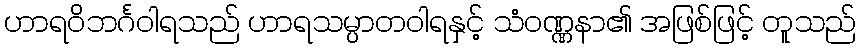
ဟာရဝိဘင်္ဂဝါရသည် ဟာရသမ္ပာတဝါရနှင့် သံဝဏ္ဏနာ၏ အဖြစ်ဖြင့် တူသည်